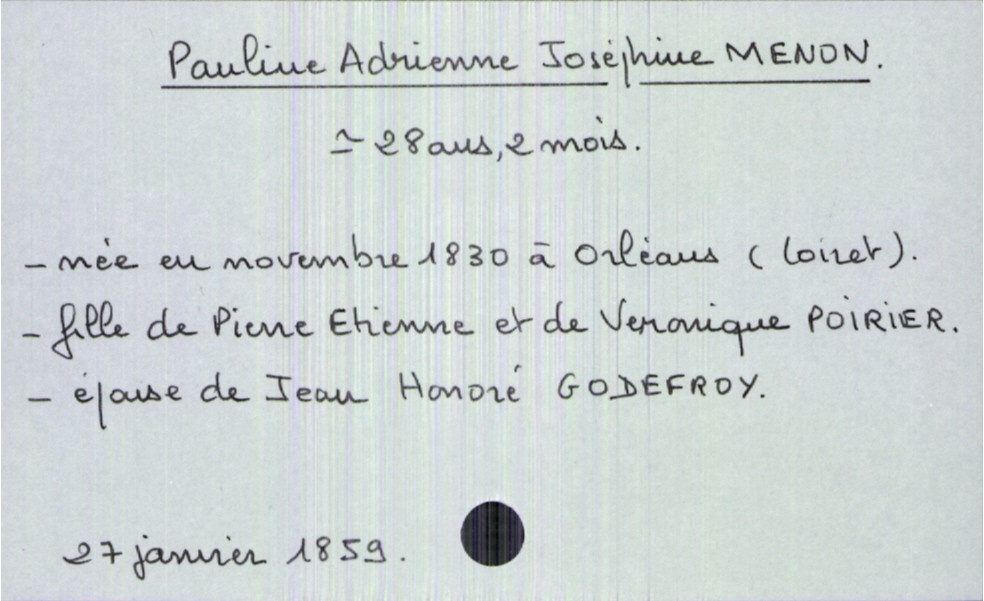
type_acte: Décès
année: 1859
mois: janvier
jour: 27
défunt_nom: Menon
défunt_prénom: Pauline Adrienne Joséphine
défunt_sexe: F
défunt_âge: 28 ans 2 mois
défunt_date_de_naissance: novembre 1830
défunt_lieu_de_naissance: Orléans (Loiret)
défunt_statut: marié(e)
père_défunt_nom: Menon
père_défunt_prénom: Pierre Etienne
mère_défunt_nom: Poirier
mère_défunt_prénom: Veronique